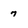
Character: 7